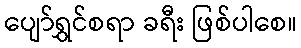
ပျော်ရွှင်စရာ ခရီး ဖြစ်ပါစေ။